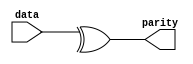
// SPDX-License-Identifier: Apache-2.0
// Copyright (C) 2019 Intel Corporation. 
module hdpldadapt_cmn_parity_gen
    #(
	parameter WIDTH = 'd0   
    )   
    (
        output  wire			parity,
        input   wire [WIDTH-1:0]    	data
    );

	assign parity = ^data[WIDTH-1:0];

endmodule // hdpldadapt_cmn_parity_gen